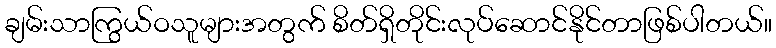
ချမ်းသာကြွယ်ဝသူများအတွက် စိတ်ရှိတိုင်းလုပ်ဆောင်နိုင်တာဖြစ်ပါတယ်။